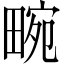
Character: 畹